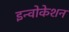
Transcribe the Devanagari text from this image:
इन्वोकेशन